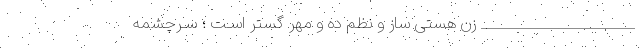
______________________ زن هستی ساز و نظم ده و مهر گستر اسـت ؛ سـرچشمه